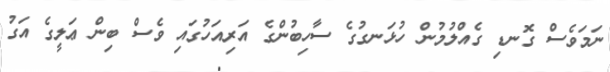
ނަމަވެސް ގޮނޑި ގެއްލުމުން ހުޅަނގުގެ ސާހިބުންގެ އަރިއަހުގައި ވެސް ބިން ޢަލީގެ އަގު